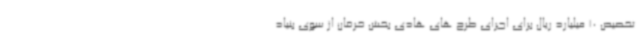
تخصیص 10 میلیارد ریال برای اجرای طرح های هادی بخش خرقان از سوی بنیاد